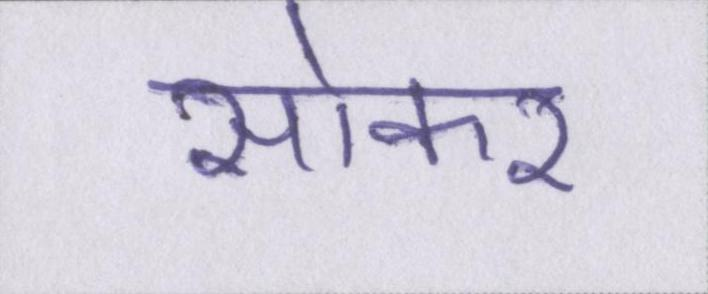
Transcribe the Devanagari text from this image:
सोकर